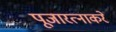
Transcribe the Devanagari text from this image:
पूजारत्नाकरे